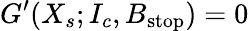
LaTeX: G^{\prime}(X_{s};I_{c},B_{\mathrm{stop}})=0